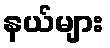
နယ်များ